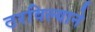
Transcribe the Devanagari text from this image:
ठरविल्याने